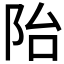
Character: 𲉍